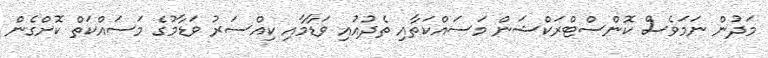
މަދުން ނަމަވެސް ކޮންސްޓްރަކްޝަން މަސައްކަތާއި ތެދުއުއި ވަޑާމާއި ކިއްސަރު ވަޑާމުގެ މަސައްކަތް ކޮށްގެން